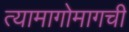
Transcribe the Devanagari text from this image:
त्यामागोमागची